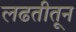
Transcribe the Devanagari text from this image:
लढतीतून